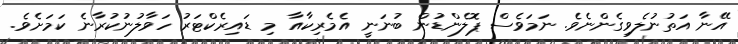
އޭނާ އަތުނުލެވިގެންނެވެ. ނަމަވެސް ޕޮލެންޑުން ބުނަނީ އެމެރިކާއާ މި ޑައިރެކްޓަރު ހަވާލުނުކުރާނެ ކަމަށެވެ.